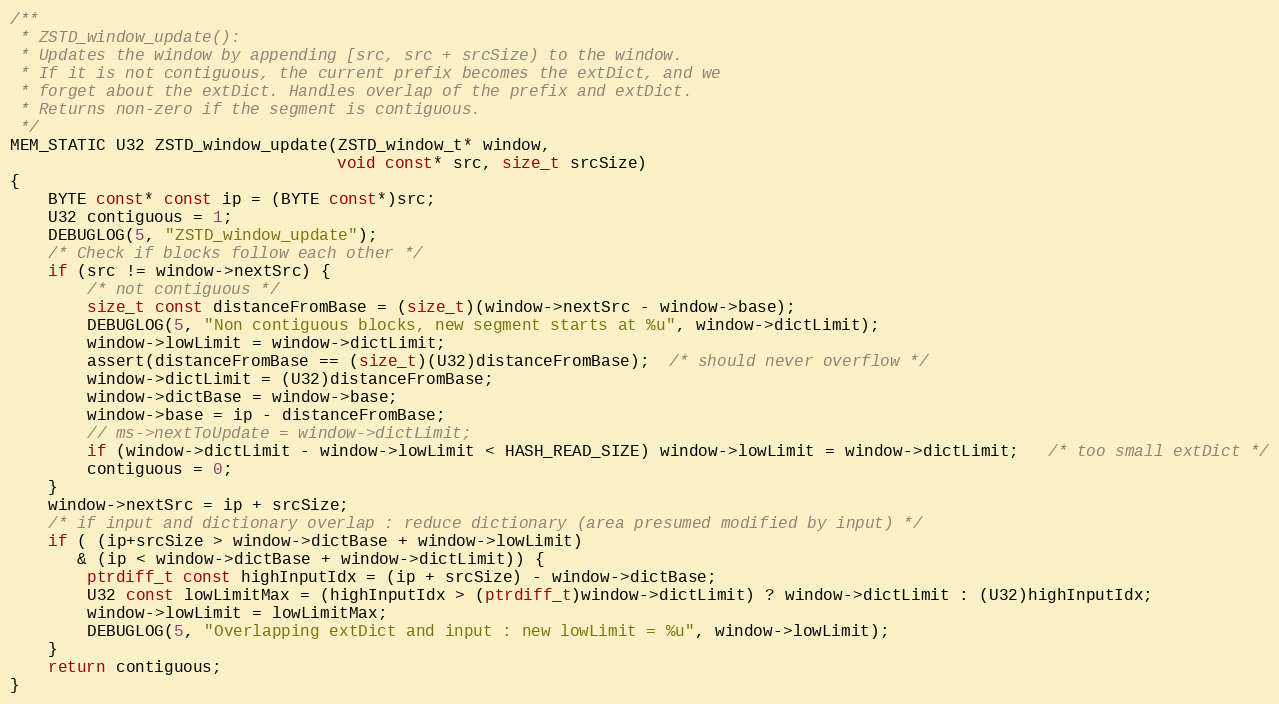
Language: C
/**
 * ZSTD_window_update():
 * Updates the window by appending [src, src + srcSize) to the window.
 * If it is not contiguous, the current prefix becomes the extDict, and we
 * forget about the extDict. Handles overlap of the prefix and extDict.
 * Returns non-zero if the segment is contiguous.
 */
MEM_STATIC U32 ZSTD_window_update(ZSTD_window_t* window,
                                  void const* src, size_t srcSize)
{
    BYTE const* const ip = (BYTE const*)src;
    U32 contiguous = 1;
    DEBUGLOG(5, "ZSTD_window_update");
    /* Check if blocks follow each other */
    if (src != window->nextSrc) {
        /* not contiguous */
        size_t const distanceFromBase = (size_t)(window->nextSrc - window->base);
        DEBUGLOG(5, "Non contiguous blocks, new segment starts at %u", window->dictLimit);
        window->lowLimit = window->dictLimit;
        assert(distanceFromBase == (size_t)(U32)distanceFromBase);  /* should never overflow */
        window->dictLimit = (U32)distanceFromBase;
        window->dictBase = window->base;
        window->base = ip - distanceFromBase;
        // ms->nextToUpdate = window->dictLimit;
        if (window->dictLimit - window->lowLimit < HASH_READ_SIZE) window->lowLimit = window->dictLimit;   /* too small extDict */
        contiguous = 0;
    }
    window->nextSrc = ip + srcSize;
    /* if input and dictionary overlap : reduce dictionary (area presumed modified by input) */
    if ( (ip+srcSize > window->dictBase + window->lowLimit)
       & (ip < window->dictBase + window->dictLimit)) {
        ptrdiff_t const highInputIdx = (ip + srcSize) - window->dictBase;
        U32 const lowLimitMax = (highInputIdx > (ptrdiff_t)window->dictLimit) ? window->dictLimit : (U32)highInputIdx;
        window->lowLimit = lowLimitMax;
        DEBUGLOG(5, "Overlapping extDict and input : new lowLimit = %u", window->lowLimit);
    }
    return contiguous;
}